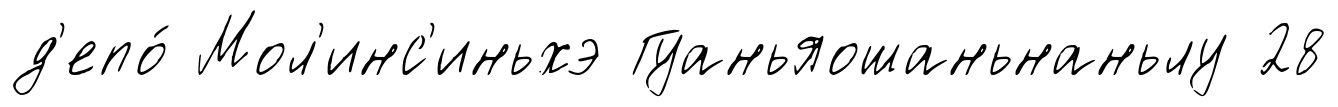
д'епо́ Мол'инс'иньхэ Гуаньяошаньнаньлу 28